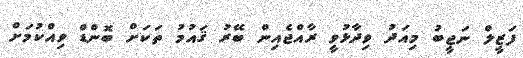
ފަޒީލް ނަޖީބު މިއަދު ވިދާޅުވީ ރާއްޖެއިން ބޭރު ޤައުމު ތަކަށް ބޮންޑް ވިއްކުމަށް